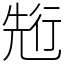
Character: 𠒣